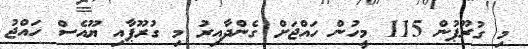
މި ގުރޫޕުން 115 މީހުން ހައްޖަށް ގެންދާއިރު މި ގުރޫޕާއި ޔޫއެސް ހައްޖު